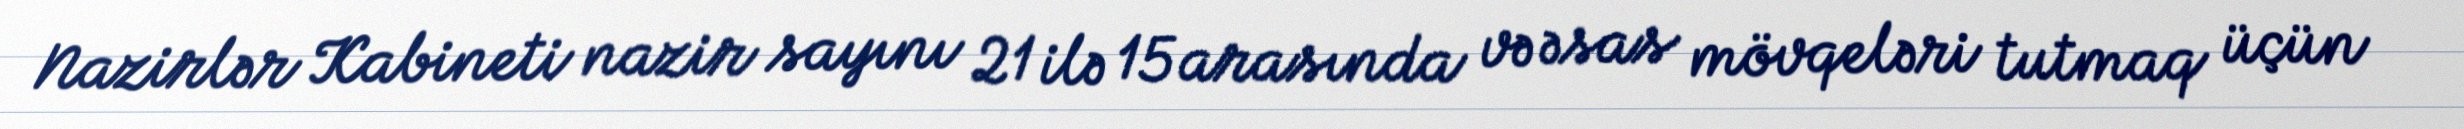
Nazirlər Kabineti nazir sayını 21 ilə 15 arasında və əsas mövqeləri tutmaq üçün